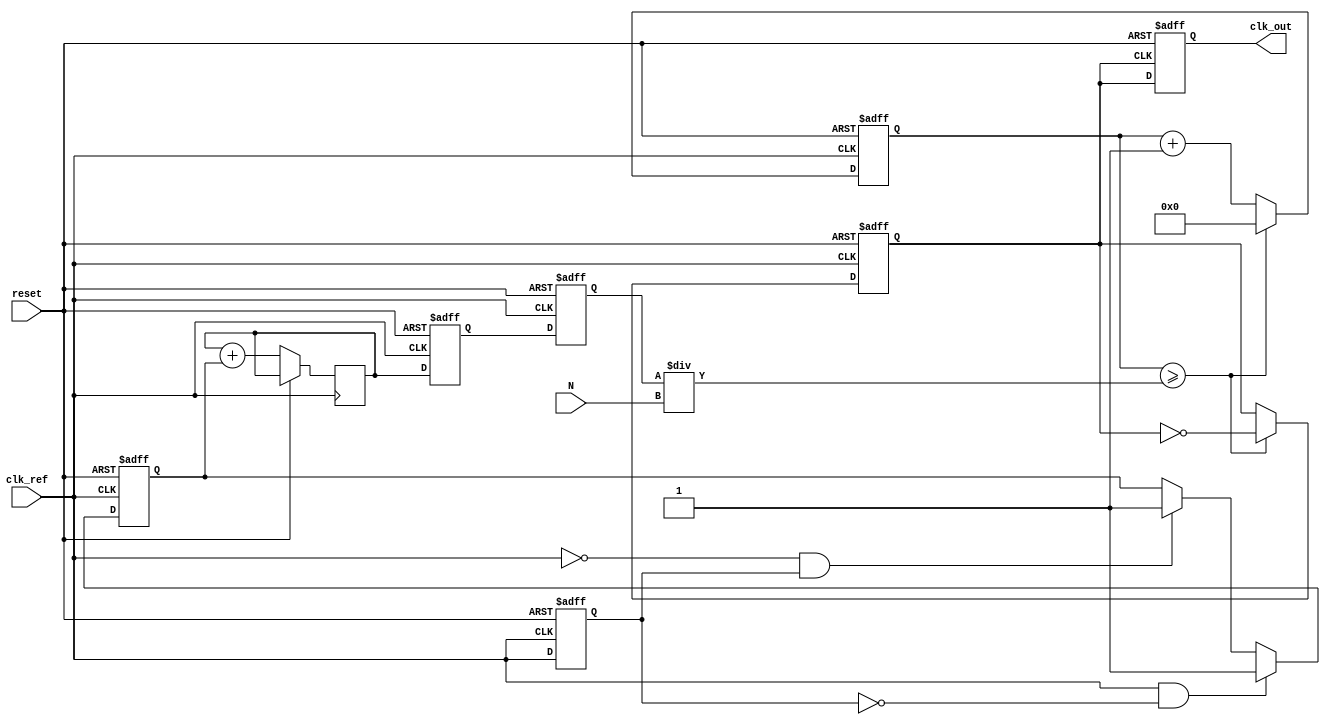
module MemoryBlocksIntegerNPLL (
    input wire clk_ref,        // Reference clock input
    input wire reset,          // Reset signal
    input wire [7:0] N,        // Division factor (Integer-N)
    output reg clk_out         // PLL output clock
);

// Phase Detector
reg clk_feedback;
reg phase_error;
reg phase_error_prev;

// Loop Filter
reg [7:0] loop_filter_out;   // Control voltage (adjustable value)
reg [7:0] loop_filter_state;  // State of the loop filter

// Voltage-Controlled Oscillator
reg [7:0] vco_frequency;      // Output frequency counter
reg vco_update;

// Frequency Divider
reg [7:0] divider_counter;     // Counter for the frequency divider
reg clk_divided;

// Memory Block (for simplicity, use registers to store config)
reg [7:0] memory_config_N;

// Phase Detector Logic
always @(posedge clk_ref or posedge reset) begin
    if (reset) begin
        phase_error <= 0;
        clk_feedback <= 0;
        phase_error_prev <= 0;
    end else begin
        // Measure phase difference with simple edge detection logic
        if (clk_ref && !phase_error_prev) phase_error <= 1; // rising edge
        else if (!clk_ref && phase_error_prev) phase_error <= -1; // falling edge
        phase_error_prev <= clk_ref;

        // Integrate phase error to control frequency
        loop_filter_state <= loop_filter_state + phase_error; // Simple integrator
    end
end

// Loop Filter Logic    
always @(posedge clk_ref or posedge reset) begin
    if (reset) begin
        loop_filter_out <= 0;
    end else begin
        // Simple LPF behavior
        loop_filter_out <= loop_filter_state;
    end
end

// Voltage-Controlled Oscillator Logic
always @(posedge clk_ref or posedge reset) begin
    if (reset) begin
        vco_frequency <= 0;
        vco_update <= 0;
    end else begin
        // Basic behavior: VCO updated based on loop filter output
        vco_frequency <= loop_filter_out; // Control with loop filter result
        vco_update <= 1; // Update status to indicate VCO frequency needs to change
    end
end

// Frequency Divider Logic
always @(posedge clk_ref or posedge reset) begin
    if (reset) begin
        divider_counter <= 0;
        clk_divided <= 0;
    end else begin
        divider_counter <= divider_counter + 1;
        if (divider_counter >= (vco_frequency / N)) begin
            divider_counter <= 0;
            clk_divided <= ~clk_divided; // Toggle divided clock
        end
    end
end

// Generate Output Clock
always @(posedge clk_divided or posedge reset) begin
    if (reset) begin
        clk_out <= 0;
    end else begin
        clk_out <= clk_divided; // Output the divided clock as the PLL output
    end
end

endmodule